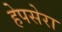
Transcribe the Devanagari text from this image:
हेपसेरा